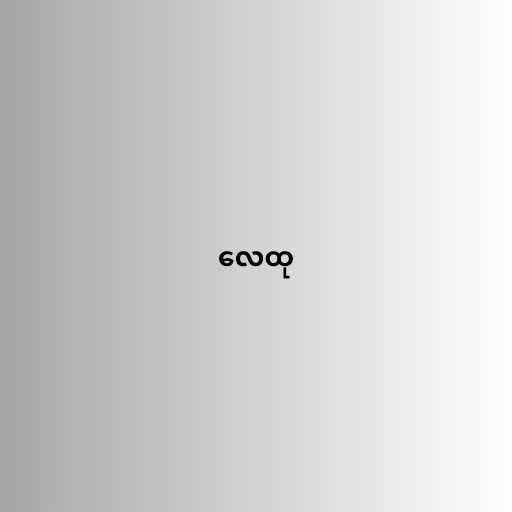
လေထု